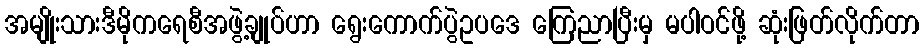
အမျိုးသားဒီမိုကရေစီအဖွဲ့ချုပ်ဟာ ရွေးကောက်ပွဲဥပဒေ ကြေညာပြီးမှ မပါဝင်ဖို့ ဆုံးဖြတ်လိုက်တာ